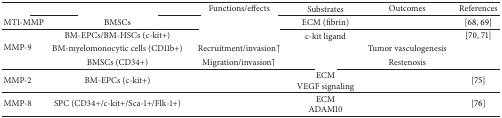
<table><thead><tr><td>[EMPTY_CELL]</td><td>[EMPTY_CELL]</td><td><b>Functions/effects</b></td><td><b>Substrates</b></td><td><b>Outcomes</b></td><td><b>References</b></td></tr></thead><tbody><tr><td>MT1-MMP</td><td>BMSCs</td><td>[EMPTY_CELL]</td><td>ECM (fibrin)</td><td>[EMPTY_CELL]</td><td>[68, 69]</td></tr><tr><td rowspan="3">MMP-9</td><td>BM-EPCs/BM-HSCs (c-kit+)</td><td>[EMPTY_CELL]</td><td>c-kit ligand</td><td>[EMPTY_CELL]</td><td>[70, 71]</td></tr><tr><td>BM-myelomonocytic cells (CD11b+)</td><td>Recruitment/invasion↑</td><td>[EMPTY_CELL]</td><td>Tumor vasculogenesis</td><td>[EMPTY_CELL]</td></tr><tr><td>BMSCs (CD34+)</td><td>Migration/invasion↑</td><td>[EMPTY_CELL]</td><td>Restenosis</td><td>[EMPTY_CELL]</td></tr><tr><td>MMP-2</td><td>BM-EPCs (c-kit+)</td><td>[EMPTY_CELL]</td><td>ECMVEGF signaling</td><td>[EMPTY_CELL]</td><td>[75]</td></tr><tr><td>MMP-8</td><td>SPC (CD34+/c-kit+/Sca-1+/Flk-1+)</td><td>[EMPTY_CELL]</td><td>ECMADAM10</td><td>[EMPTY_CELL]</td><td>[76]</td></tr></tbody></table>